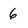
Character: 6